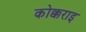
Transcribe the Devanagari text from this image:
कोक्कराइ